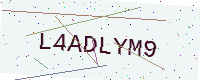
Text: L4ADLYM9